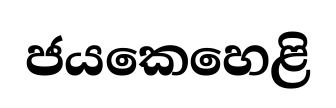
ජයකෙහෙළි